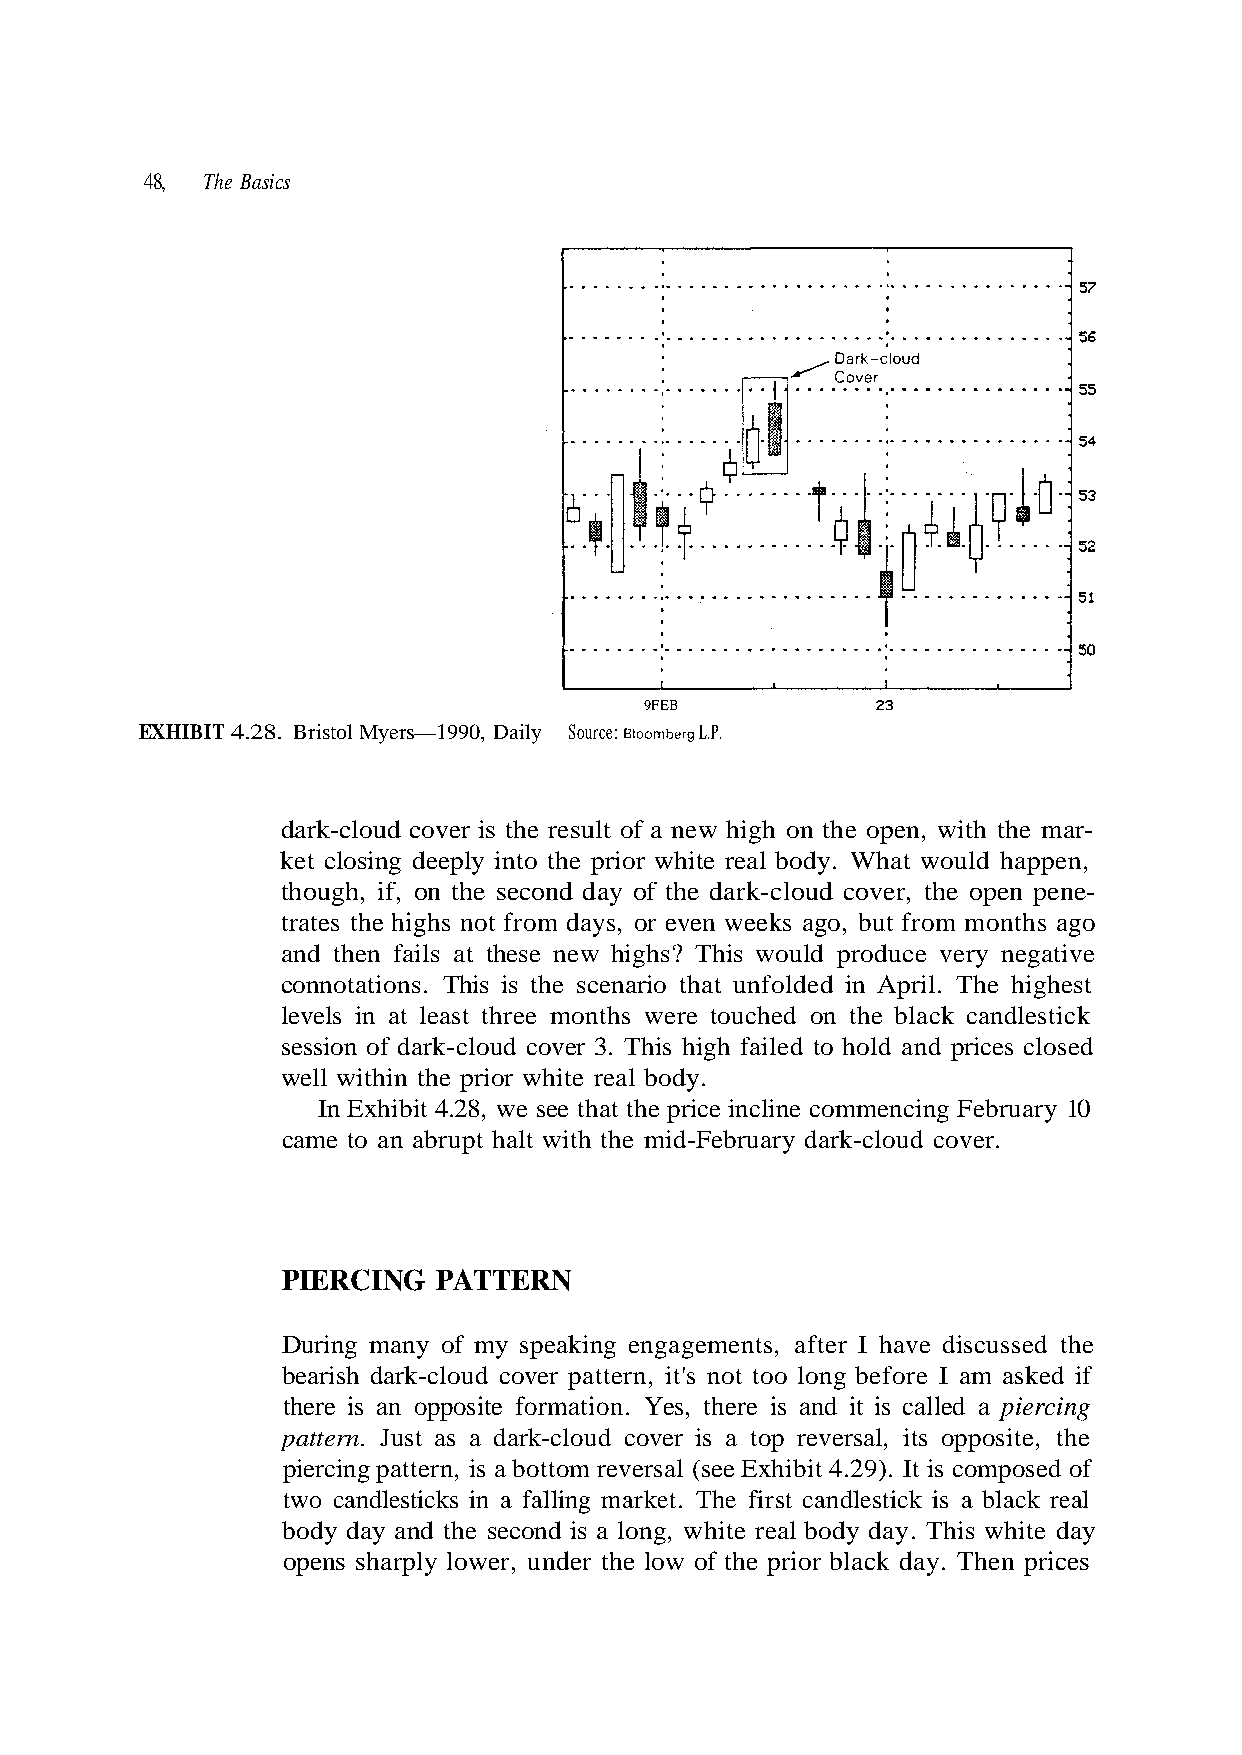
48, The Basics
 9FEB
 EXHIBIT 4.28. Bristol Myers—1990, Daily Source: eioomberg L.P.
 dark-cloud cover is the result of a new high on the open, with the mar-
 ket closing deeply into the prior white real body. What would happen,
 though, if, on the second day of the dark-cloud cover, the open pene-
 trates the highs not from days, or even weeks ago, but from months ago
 and then fails at these new highs? This would produce very negative
 connotations. This is the scenario that unfolded in April. The highest
 PIERCING  PATTERN
 pattern. Just as a dark-cloud cover is a top reversal, its opposite, the
 piercing pattern, is a bottom reversal (see Exhibit 4.29). It is composed of
 . r e v o c d u o l c - k
 e
 al
 r
 h
 e
 a
 t
 r
 d
 d
 k c
 e s
 g
 a
 ary
 cus
 rcin
 a bl
 s
 e
 u
 di
 pi
 s
 br
 e
 a
 k i
 Fe
 hav
 led
 stic
 d-
 I
 cal
 dle
 mi
 fter
 t is
 can
 y
 a
 i
 a
 he
 ts,
 and
 first
 hite d
 osed
 h t
 men
 e is
 The
 This w
 levels in at least three months were touched on the black candlestick
 session of dark-cloud cover 3. This high failed to hold and prices cl
 well within the prior white real body.
 Exhibit 4.28, we see that the price incline commencing February 10
 came to an abrupt halt wit
 During many of my speaking engage
 bearish dark-cloud cover pattern, it's not too long before I am asked if
 there is an opposite formation. Yes, ther
 two candlesticks in a falling market.
 body day and the second is a long, white real body day.
 opens sharply lower, under the low of the prior black day. Then prices
 In